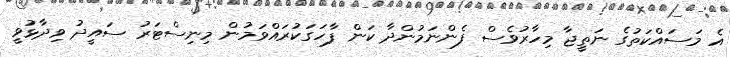
އެ މަސައްކަތުގެ ނަތީޖާ މިހާރުވެސް ފެންނަމުންދާ ކަން ފާހަގަކުރައްވަމުން މިނިސްޓަރު ސައީދު ވިދާޅުވީ